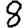
Digit: 8